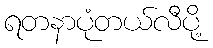
ရတနာပုံတယ်လီပို့